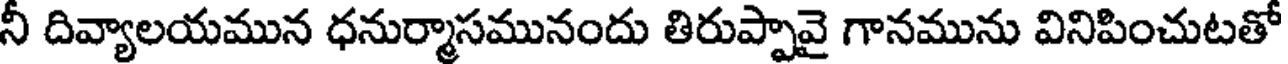
నీ దివ్యాలయమున ధనుర్మాసమునందు తిరుప్పావై గానమును వినిపించుటతో